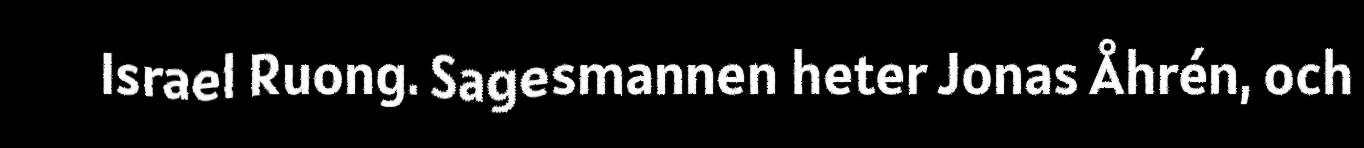
Israel Ruong. Sagesmannen heter Jonas Åhrén, och